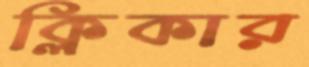
ক্লিকার